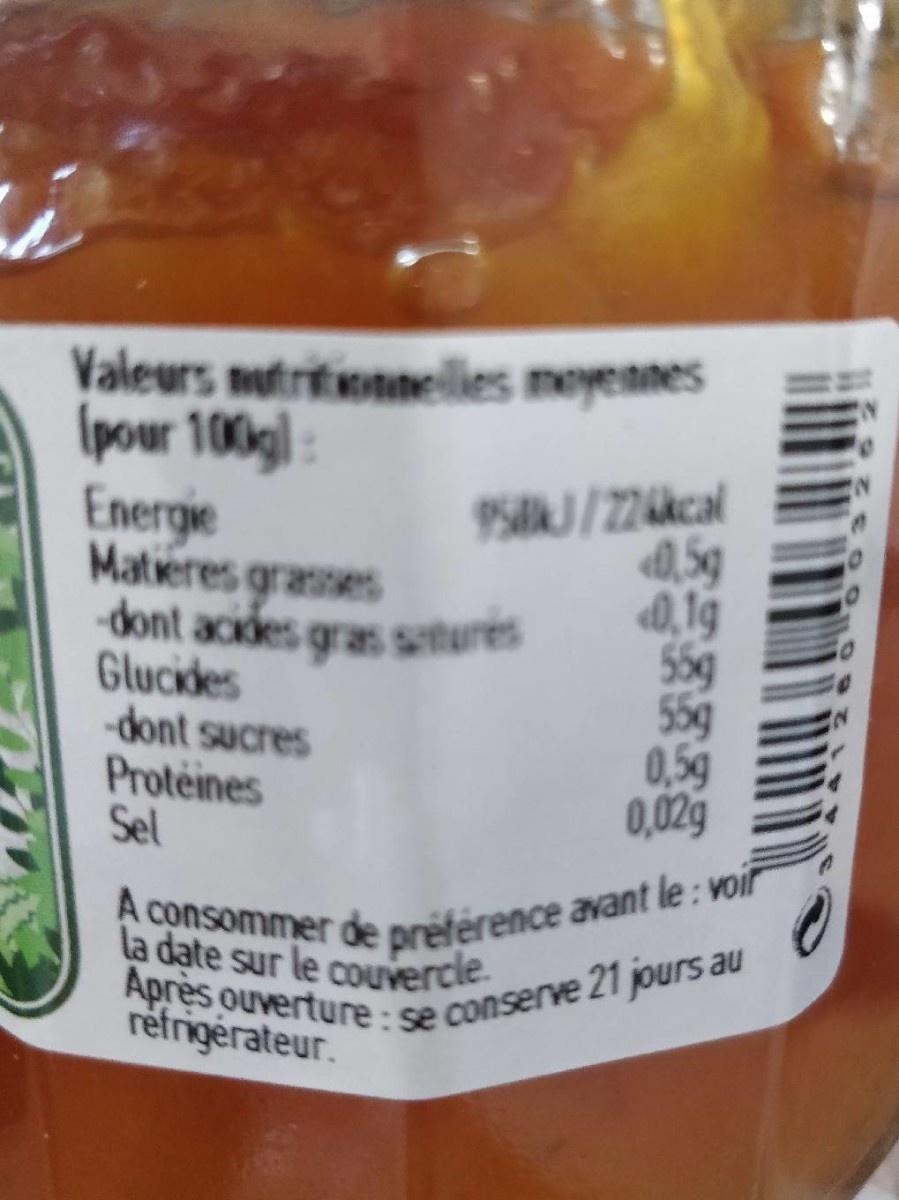
Valeurs nutritionnelles moyennes (pour 100g):
Energie
Matières grasses
dont acides gras satures
Glucides
-dont sucres
Protéines
Sel
958kJ/224kcal 0,5g
0,19
55g
55g
0,5g
0,02g
A consommer de préférence avant le: voir la date sur le couvercle.
Après ouverture: se conserve 21 jours au
réfrigérateur.